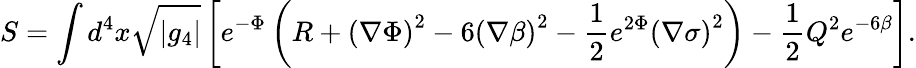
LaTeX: S=\int d^{4}x\sqrt{|g_{4}|}\left[e^{-\Phi}\left(R+\left(\nabla\Phi\right)^{2}-6\left(\nabla\beta\right)^{2}-\frac{1}{2}e^{2\Phi}\left(\nabla\sigma\right)^{2}\right)-\frac{1}{2}Q^{2}e^{-6\beta}\right].